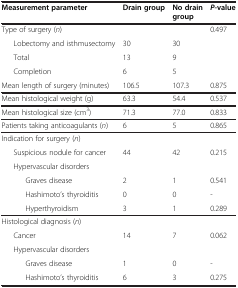
| Measurement parameter | Drain group | No drain group | P-value |
 | --- | --- | --- | --- |
 | Type of surgery (n) |  |  | 0.497 |
 | Lobectomy and isthmusectomy | 30 | 30 |  |
 | Total | 13 | 9 |  |
 | Completion | 6 | 5 |  |
 | Mean length of surgery (minutes) | 106.5 | 107.3 | 0.875 |
 | Mean histological weight (g) | 63.3 | 54.4 | 0.537 |
 | Mean histological size (cm3) | 71.3 | 77.0 | 0.833 |
 | Patients taking anticoagulants (n) | 6 | 5 | 0.865 |
 | Indication for surgery (n) |  |  |  |
 | Suspicious nodule for cancer | 44 | 42 | 0.215 |
 | Hypervascular disorders |  |  |  |
 | Graves disease | 2 | 1 | 0.541 |
 | Hashimoto’s thyroiditis | 0 | 0 | - |
 | Hyperthyroidism | 3 | 1 | 0.289 |
 | Histological diagnosis (n) |  |  |  |
 | Cancer | 14 | 7 | 0.062 |
 | Hypervascular disorders |  |  |  |
 | Graves disease | 1 | 0 | - |
 | Hashimoto’s thyroiditis | 6 | 3 | 0.275 |